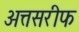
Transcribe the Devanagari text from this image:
अत्तसरीफ